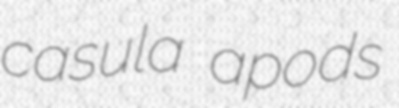
casula apods